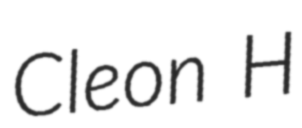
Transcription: Cleon H